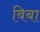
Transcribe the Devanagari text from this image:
बिबा